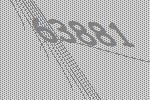
63881